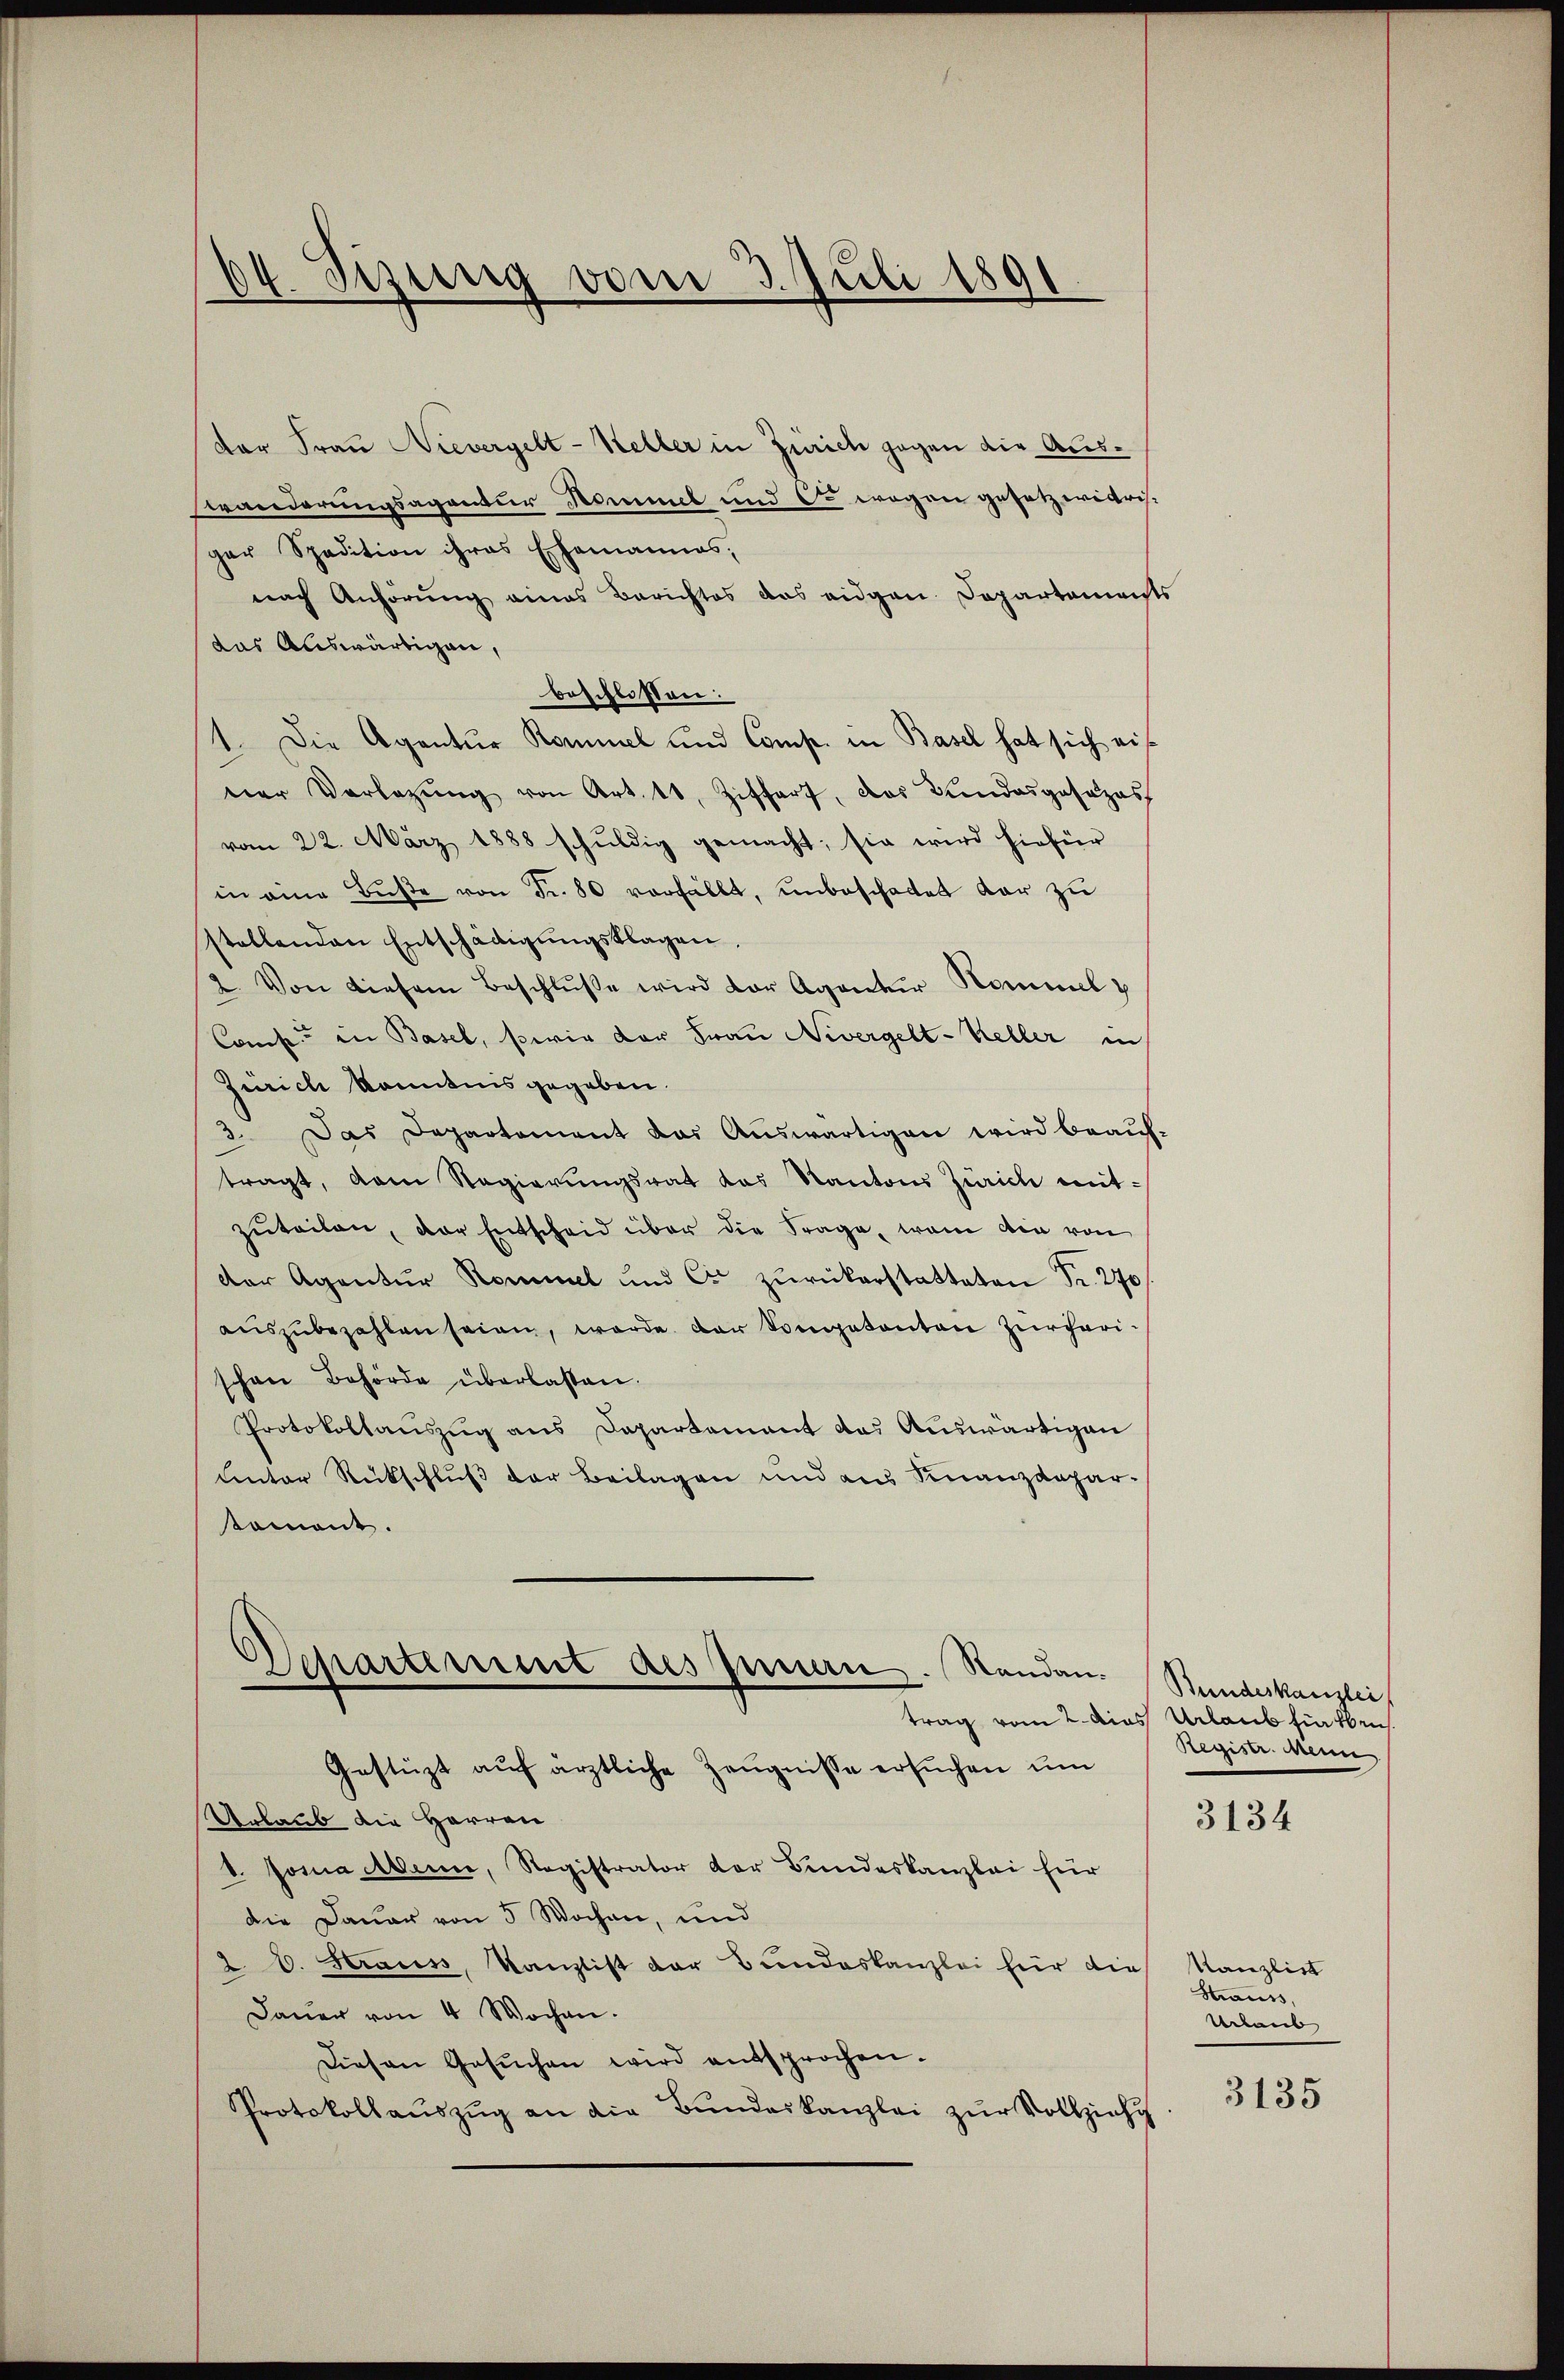
04. Tizung vom 3. Juli 1891.

der Frau Nievergelt - Keller in Zürich gegen die Aus¬
Branderungsagentur Nommel und c. wegen gesetzwidrig-
ger Spedition ihres Ehemannes,
nach Anhörung eines Berichtes das eidgen. Departement
das Auswärtigen,
beschlossen:
1. Die Agentur Kommel und Comp. in Basel hat sich eiver Vorlegŭng von Art. 10. Ziffart, das Bundesgesezes
vom 22. März 1888 schŭldig gemacht; sie wird hiefür
in eine Bŭβe von Fr. 80 vorfällt, unbeschattet dar zu
stellenden Entschädigŭngsklagen,
2. Von diesem Beschluße wird der Agentur Kommel
Comp. in Basel, sowie der Frau Nivergelt-Keller in
Zürich konntnis gegeben.
3. Das Departement das Aŭswärtigen wird beaŭf-
tragt, vom Regierungsrat das Kantons Zürich mitzŭteilen, der Entscheid über die Frage, wann die von
der Agentur Kommel und Cr zŭrückerstatteten Fr. 270
aŭszŭbezahlen seien, werde der Competenton Zürcherischen Behörde überlassen.
Protokollauszug aus Departement das Auswärtigen
Unter Rückschluß der Beilagen und aus Finanzdepar-
tomane.
Departement des Innern. Standen.
trag vom 2. dies Urlaub für eben
Gestüzt aŭf ärztliche Zeŭgnisse ersŭchen ŭm
Urlaub die Herren
b. Josua allen, Registrator der Bundeskanzlei für
die Dauer von 5 Wochen, und
2. E. Straus, Kanzlist der Bundeskanzlei für die
Daŭer von 4 Wochen.
Diesen Gesŭchen wird entsprochen.
Protokollaŭszŭg an die Bŭndeskanzlei zur Vollziehu

Bundeskanzlei
Registr. Mann

3134

Kanzlist
Strauss,
Urlaub

3135